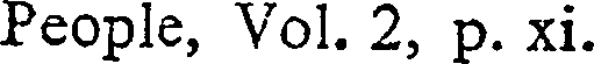
People, Vol. 2, p. xi.